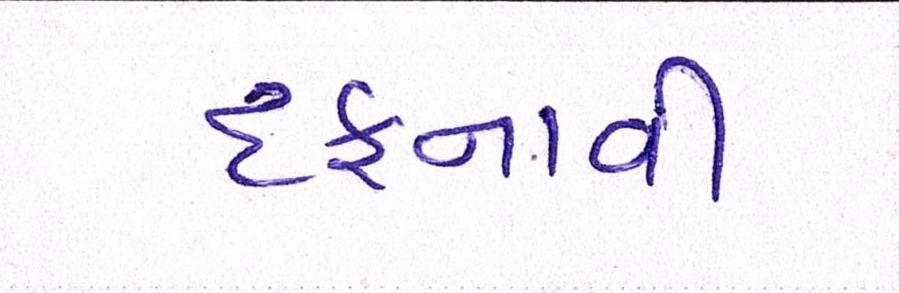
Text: દફનાવી